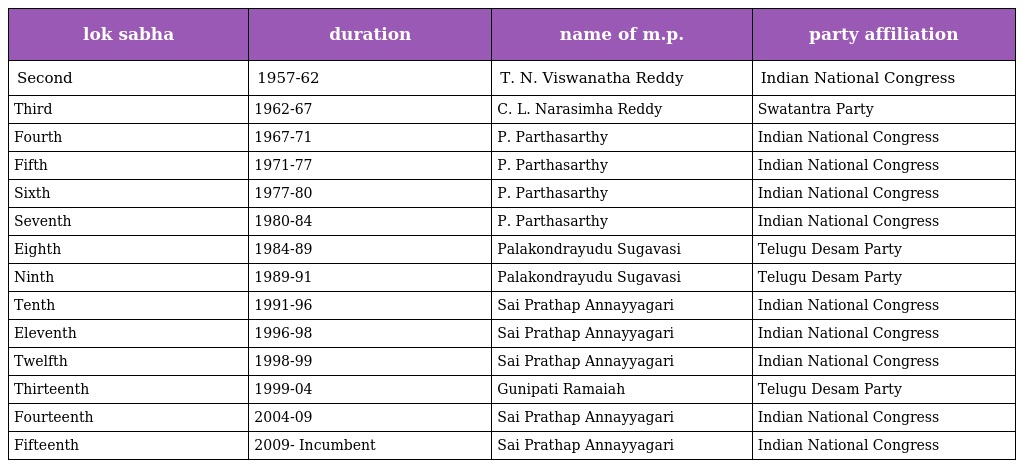
| lok sabha | duration | name of m.p. | party affiliation |
 | --- | --- | --- | --- |
 | Second | 1957-62 | T. N. Viswanatha Reddy | Indian National Congress |
 | Third | 1962-67 | C. L. Narasimha Reddy | Swatantra Party |
 | Fourth | 1967-71 | P. Parthasarthy | Indian National Congress |
 | Fifth | 1971-77 | P. Parthasarthy | Indian National Congress |
 | Sixth | 1977-80 | P. Parthasarthy | Indian National Congress |
 | Seventh | 1980-84 | P. Parthasarthy | Indian National Congress |
 | Eighth | 1984-89 | Palakondrayudu Sugavasi | Telugu Desam Party |
 | Ninth | 1989-91 | Palakondrayudu Sugavasi | Telugu Desam Party |
 | Tenth | 1991-96 | Sai Prathap Annayyagari | Indian National Congress |
 | Eleventh | 1996-98 | Sai Prathap Annayyagari | Indian National Congress |
 | Twelfth | 1998-99 | Sai Prathap Annayyagari | Indian National Congress |
 | Thirteenth | 1999-04 | Gunipati Ramaiah | Telugu Desam Party |
 | Fourteenth | 2004-09 | Sai Prathap Annayyagari | Indian National Congress |
 | Fifteenth | 2009- Incumbent | Sai Prathap Annayyagari | Indian National Congress |